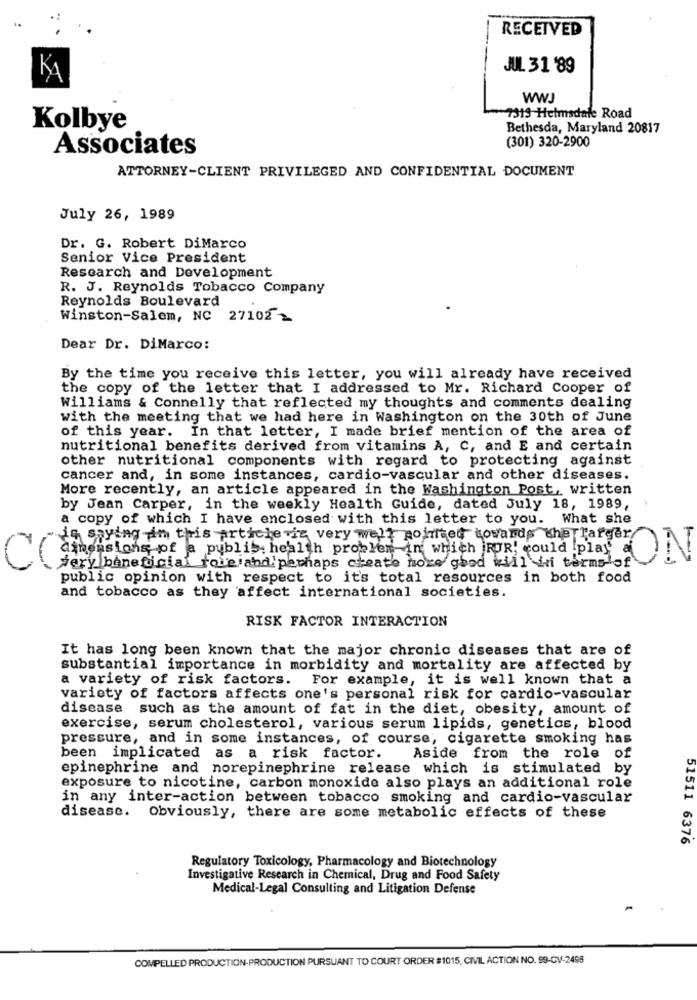
RECEIVED
JUL 31 '89
KA
WWJ
-7319 Helmsdale Road
Kolbye
Bethesda, Maryland 20817
(301) 320-2900
Associates
ATTORNEY-CLIENT PRIVILEGED AND CONFIDENTIAL DOCUMENT
July 26, 1989
Dr. G. Robert DiMarco
Senior Vice President
Research and Development
R. J. Reynolds Tobacco Company
Reynolds Boulevard
Winston-Salem, NC 27102 2
Dear Dr. DiMarco:
By the time you receive this letter, you will already have received
the copy of the letter that I addressed to Mr. Richard Cooper of
Williams & Connelly that reflected my thoughts and comments dealing
with the meeting that we had here in Washington on the 30th of June
of this year. In that letter, I made brief mention of the area of
nutritional benefits derived from vitamins A, C, and E and certain
other nutritional components with regard to protecting against
cancer and, in some instances, cardio-vascular and other diseases.
More recently, an article appeared in the Washington Post, written
by Jean Carper, in the weekly Health Guide, dated July 18, 1989,
a copy of which I have enclosed with this letter to you.
What she
"is saying in this articlevit very well pointed towards the larger
dimensions of a publis health problem in which FOR, could play
C
jery beneficial foie and!perhaps create more good will in terms of
ON
public opinion with respect to it's total resources in both food
and tobacco as they affect international societies.
RISK FACTOR INTERACTION
It has long been known that the major chronic diseases that are of
substantial importance in morbidity and mortality are affected by
a variety of risk factors. For example, it is well known that a
variety of factors affects one's personal risk for cardio-vascular
disease such as the amount of fat in the diet, obesity, amount of
exercise, serum cholesterol, various serum lipids, genetics, blood
pressure, and in some instances, of course, cigarette smoking has
been implicated as a risk factor.
Aside from the role of
epinephrine and norepinephrine release which is stimulated by
exposure to nicotine, carbon monoxide also plays an additional role
in any inter-action between tobacco smoking and cardio-vascular
disease. Obviously, there are some metabolic effects of these
51511 6376
Regulatory Toxicology, Pharmacology and Biotechnology
Investigative Research in Chemical, Drug and Food Safety
Medical-Legal Consulting and Litigation Defense
COMPELLED PRODUCTION-PRODUCTION PURSUANT TO COURT ORDER #1015, CIVIL ACTION NO. 99-CV-2498